Indian journal of veterinary science and animal husbandry - Volume 7,
Year: 1937
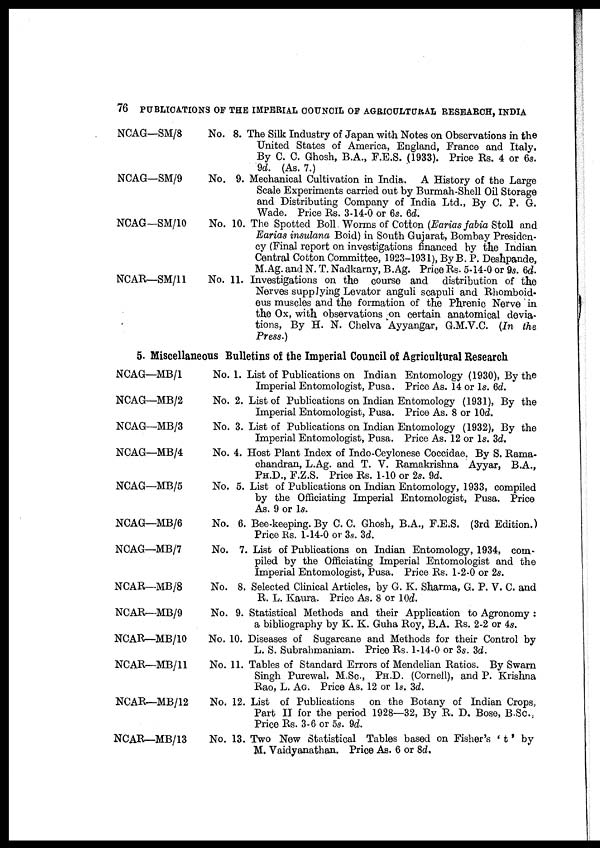
76 PUBLICATIONS OF THE IMPERIAL COUNCIL OF AGRICULTURAL RESEARCH, INDIA
NCAG—SM/8
NCAG—SM/9
NCAG—SM/10
NCAR—SM/11
No. 8.
No. 9.
No. 10.
No. 11.
The Silk Industry of Japan with Notes on Observations in the
United States of America, England, France and Italy,
By C. C. Ghosh, B.A., F.E.S. (1933). Price Rs. 4 or 6s.
9d. (As. 7.)
Mechanical Cultivation in India. A History of the Large
Scale Experiments carried out by Burmah-Shell Oil Storage
and Distributing Company of India Ltd., By C. P. G.
Wade. Price Rs. 3-14-0 or 6s. 6d.
The Spotted Boll Worms of Cotton (Earias fabia Stoll and
Earias insulana Boid) in South Gujarat, Bombay Presiden-
cy (Final report on investigations financed by the Indian
Central Cotton Committee, 1923-1931), By B. P. Deshpande,
M.Ag. and N. T. Nadkarny, B.Ag. Price Rs. 5-14-0 or 9s. 6d.
Investigations on the course and distribution of the
Nerves supplying Levator anguli scapuli and Rhomboid-
ous muscles and the formation of the Phrenic Nerve in
the Ox, with observations on certain anatomical devia-
tions, By H. N. Chelva Ayyangar, G.M.V.C. (In the
Press.)
5. Miscellaneous Bulletins of the Imperial Council of Agricultural Research
NCAG—MB/1
NCAG—MB/2
NCAG—MB/3
NCAG—MB/4
NCAG—MB/5
NCAG—MB/6
NCAG—MB/7
NCAR—MB/8
NCAR—MB/9
NCAR—MB/10
NCAR—MB/11
NCAR—MB/12
NCAR—MB/13
No. 1.
No. 2.
No. 3.
No. 4.
No. 5.
No. 6.
No. 7.
No. 8.
No. 9.
No. .10.
No. 11.
No. 12.
No. 13.
List of Publications on Indian Entomology (1930), By the
Imperial Entomologist, Pusa. Price As. 14 or 1s. 6d.
List of Publications on Indian Entomology (1931), By the
Imperial Entomologist, Pusa. Price As. 8 or 10d.
List of Publications on Indian Entomology (1932), By the
Imperial Entomologist, Pusa. Price As. 12 or 1s. 3d.
Host Plant Index of Indo-Ceylonese Coccidae. By S. Rama-
chandran, L.Ag. and T. V. Ramakrishna Ayyar, B.A.,
PH.D., F.Z.S. Price Rs. 1-10 or 2s. 9d.
List of Publications on Indian Entomology, 1933, compiled
by the Officiating Imperial Entomologist, Pusa. Price
As. 9 or 1s.
Bee-keeping. By C. C. Ghosh, B.A., F.E.S. (3rd Edition.)
Price Rs. 1-14-0 or 3s. 3d.
List of Publications on Indian Entomology, 1934, com-
piled by the Officiating Imperial Entomologist and the
Imperial Entomologist, Pusa. Price Rs. 1-2-0 or 2s.
Selected Clinical Articles, by G. K. Sharma, G. P. V. C. and
R. L. Kaura. Price As. 8 or 10d.
Statistical Methods and their Application to Agronomy :
a bibliography by K. K. Guha Roy, B.A. Rs. 2-2 or 4s.
Diseases of Sugarcane and Methods for their Control by
L. S. Subrahmaniam. Price Rs. 1-14-0 or 3s. 3d.
Tables of Standard Errors of Mendelian Ratios. By Swarn
Singh Purewal, M.Sc., PH.D. (Cornell), and P. Krishna
Rao, L. AG. Price As. 12 or 1s. 3d.
List of Publications
on the Botany of Indian Crops,
Part II for the period 1928—32, By R. D. Bose, B.Sc.,
Price Rs. 3-6 or 5s. 9d.
Two New Statistical Tables based on Fisher's ' t ' by
M. Vaidyanathan. Price As. 6 or 8d.